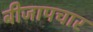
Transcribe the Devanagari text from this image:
बीजापचार